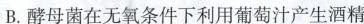
B.酵母菌在无氧条件下利用葡萄汁产生酒精